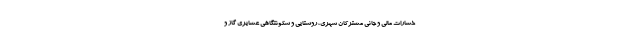
خسارات مالی و جانی مشترکان شهری، روستایی و سکونتگاهی عشایری گاز و